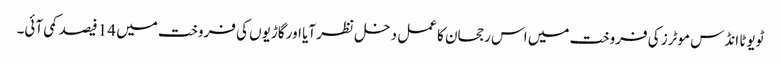
ٹویوٹا انڈس موٹرز کی فروخت میں اس رجحان کا عمل دخل نظر آیا اور گاڑیوں کی فروخت میں 14 فیصد کمی آئی۔